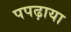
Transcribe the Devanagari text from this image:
पपढ़ाया